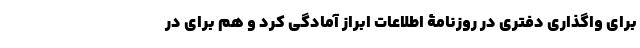
برای واگذاری دفتری در روزنامۀ اطلاعات ابراز آمادگی کرد و هم برای در